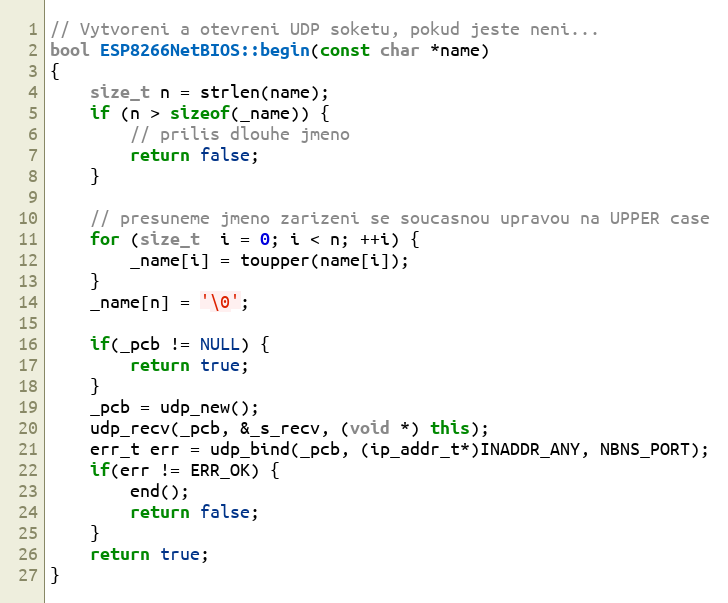
Language: C++
// Vytvoreni a otevreni UDP soketu, pokud jeste neni...
bool ESP8266NetBIOS::begin(const char *name)
{
    size_t n = strlen(name);
    if (n > sizeof(_name)) {
        // prilis dlouhe jmeno
        return false;
    }

    // presuneme jmeno zarizeni se soucasnou upravou na UPPER case
    for (size_t  i = 0; i < n; ++i) {
        _name[i] = toupper(name[i]);
    }
    _name[n] = '\0';

    if(_pcb != NULL) {
        return true;
    }
    _pcb = udp_new();
    udp_recv(_pcb, &_s_recv, (void *) this);
    err_t err = udp_bind(_pcb, (ip_addr_t*)INADDR_ANY, NBNS_PORT);
    if(err != ERR_OK) {
        end();
        return false;
    }
    return true;
}